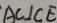
A C \bot C E